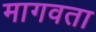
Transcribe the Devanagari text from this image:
मागवता